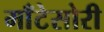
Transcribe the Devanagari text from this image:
माँटेसोरी